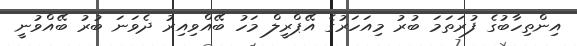
އިންތިހާބުގެ ފުރަތަމަ ބުރު މިއަހަރުގެ އޭޕްރީލް މަހު ބޭއްވިއިރު ދެވަނަ ބުރު ބޭއްވުނީ